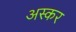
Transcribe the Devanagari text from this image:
अस्कर